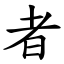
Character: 者